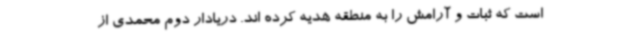
است که ثبات و آرامش را به منطقه هدیه کرده اند. دریادار دوم محمدی از